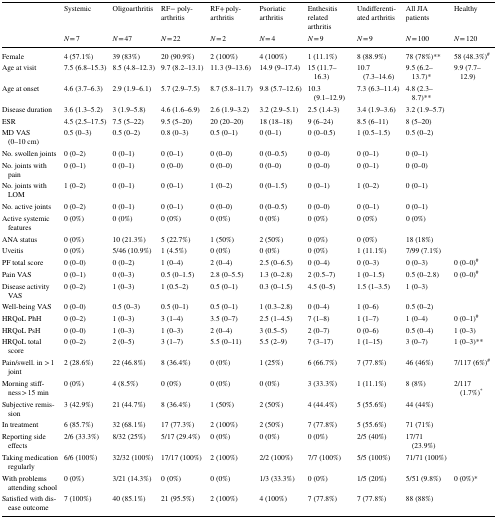
<table><thead><tr><td rowspan="2"></td><td><b>Systemic</b></td><td><b>Oligoarthritis</b></td><td><b>RF− poly-arthritis</b></td><td><b>RF+ poly-arthritis</b></td><td><b>Psoriatic arthritis</b></td><td><b>Enthesitis related arthritis</b></td><td><b>Undifferentiated arthritis</b></td><td><b>All JIA patients</b></td><td><b>Healthy</b></td></tr><tr><td><b><i>N</i> = 7</b></td><td><b><i>N</i> = 47</b></td><td><b><i>N</i> = 22</b></td><td><b><i>N</i> = 2</b></td><td><b><i>N</i> = 4</b></td><td><b><i>N</i> = 9</b></td><td><b><i>N</i> = 9</b></td><td><b><i>N</i> = 100</b></td><td><b><i>N</i> = 120</b></td></tr></thead><tbody><tr><td>Female</td><td>4 (57.1%)</td><td>39 (83%)</td><td>20 (90.9%)</td><td>2 (100%)</td><td>4 (100%)</td><td>1 (11.1%)</td><td>8 (88.9%)</td><td>78 (78%)**</td><td>58 (48.3%)<sup>#</sup></td></tr><tr><td>Age at visit</td><td>7.5 (6.8–15.3)</td><td>8.5 (4.8–12.3)</td><td>9.7 (8.2–13.1)</td><td>11.3 (9–13.6)</td><td>14.9 (9–17.4)</td><td>15 (11.7–16.3)</td><td>10.7 (7.3–14.6)</td><td>9.5 (6.2–13.7)*</td><td>9.9 (7.7–12.9)</td></tr><tr><td>Age at onset</td><td>4.6 (3.7–6.3)</td><td>2.9 (1.9–6.1)</td><td>5.7 (2.9–7.5)</td><td>8.7 (5.8–11.7)</td><td>9.8 (5.7–12.6)</td><td>10.3 (9.1–12.9)</td><td>7.3 (6.3–11.4)</td><td>4.8 (2.3–8.7)**</td><td></td></tr><tr><td>Disease duration</td><td>3.6 (1.3–5.2)</td><td>3 (1.9–5.8)</td><td>4.6 (1.6–6.9)</td><td>2.6 (1.9–3.2)</td><td>3.2 (2.9–5.1)</td><td>2.5 (1.4-3)</td><td>3.4 (1.9–3.6)</td><td>3.2 (1.9–5.7)</td><td></td></tr><tr><td>ESR</td><td>4.5 (2.5–17.5)</td><td>7.5 (5–22)</td><td>9.5 (5–20)</td><td>20 (20–20)</td><td>18 (18–18)</td><td>9 (6–24)</td><td>8.5 (6–11)</td><td>8 (5–20)</td><td></td></tr><tr><td>MD VAS (0–10 cm)</td><td>0.5 (0–3)</td><td>0.5 (0–2)</td><td>0.8 (0–3)</td><td>0.5 (0–1)</td><td>0 (0–1)</td><td>0 (0–0.5)</td><td>1 (0.5–1.5)</td><td>0.5 (0–2)</td><td></td></tr><tr><td>No. swollen joints</td><td>0 (0–2)</td><td>0 (0–1)</td><td>0 (0–1)</td><td>0 (0–0)</td><td>0 (0–0.5)</td><td>0 (0–0)</td><td>0 (0–1)</td><td>0 (0–1)</td><td></td></tr><tr><td>No. joints with pain</td><td>0 (0–1)</td><td>0 (0–1)</td><td>0 (0–0)</td><td>0 (0–0)</td><td>0 (0–0)</td><td>0 (0–0)</td><td>0 (0–1)</td><td>0 (0–0)</td><td></td></tr><tr><td>No. joints with LOM</td><td>1 (0–2)</td><td>0 (0–1)</td><td>0 (0–1)</td><td>1 (0–2)</td><td>0 (0–1.5)</td><td>0 (0–1)</td><td>1 (0–2)</td><td>0 (0–1)</td><td></td></tr><tr><td>No. active joints</td><td>0 (0–2)</td><td>0 (0–1)</td><td>0 (0–1)</td><td>0 (0–0)</td><td>0 (0–0.5)</td><td>0 (0–0)</td><td>0 (0–1)</td><td>0 (0–1)</td><td></td></tr><tr><td>Active systemic features</td><td>0 (0%)</td><td>0 (0%)</td><td>0 (0%)</td><td>0 (0%)</td><td>0 (0%)</td><td>0 (0%)</td><td>0 (0%)</td><td>0 (0%)</td><td></td></tr><tr><td>ANA status</td><td>0 (0%)</td><td>10 (21.3%)</td><td>5 (22.7%)</td><td>1 (50%)</td><td>2 (50%)</td><td>0 (0%)</td><td>0 (0%)</td><td>18 (18%)</td><td></td></tr><tr><td>Uveitis</td><td>0 (0%)</td><td>5/46 (10.9%)</td><td>1 (4.5%)</td><td>0 (0%)</td><td>0 (0%)</td><td>0 (0%)</td><td>1 (11.1%)</td><td>7/99 (7.1%)</td><td></td></tr><tr><td>PF total score</td><td>0 (0–0)</td><td>0 (0–2)</td><td>1 (0–4)</td><td>2 (0–4)</td><td>2.5 (0–6.5)</td><td>0 (0–4)</td><td>0 (0–3)</td><td>0 (0–3)</td><td>0 (0–0)<sup>#</sup></td></tr><tr><td>Pain VAS</td><td>0 (0–1)</td><td>0 (0–3)</td><td>0.5 (0–1.5)</td><td>2.8 (0–5.5)</td><td>1.3 (0–2.8)</td><td>2 (0.5–7)</td><td>1 (0–1.5)</td><td>0.5 (0–2.8)</td><td>0 (0–0)<sup>#</sup></td></tr><tr><td>Disease activity VAS</td><td>0 (0–2)</td><td>1 (0–3)</td><td>1 (0.5–2)</td><td>0.5 (0–1)</td><td>0.3 (0–1.5)</td><td>4.5 (0–5)</td><td>1.5 (1–3.5)</td><td>1 (0–3)</td><td></td></tr><tr><td>Well-being VAS</td><td>0 (0–0)</td><td>0.5 (0–3)</td><td>0.5 (0–1)</td><td>0.5 (0–1)</td><td>1 (0.3–2.8)</td><td>0 (0–4)</td><td>1 (0–6)</td><td>0.5 (0–2)</td><td></td></tr><tr><td>HRQoL PhH</td><td>0 (0–2)</td><td>1 (0–3)</td><td>3 (1–4)</td><td>3.5 (0–7)</td><td>2.5 (1–4.5)</td><td>7 (1–8)</td><td>1 (1–7)</td><td>1 (0–4)</td><td>0 (0–1)<sup>#</sup></td></tr><tr><td>HRQoL PsH</td><td>0 (0–0)</td><td>1 (0–3)</td><td>1 (0–3)</td><td>2 (0–4)</td><td>3 (0.5–5)</td><td>2 (0–7)</td><td>0 (0–6)</td><td>0.5 (0–4)</td><td>1 (0–3)</td></tr><tr><td>HRQoL total score</td><td>0 (0–2)</td><td>2 (0–5)</td><td>3 (1–7)</td><td>5.5 (0–11)</td><td>5.5 (2–9)</td><td>7 (3–17)</td><td>1 (1–15)</td><td>3 (0–7)</td><td>1 (0–3)**</td></tr><tr><td>Pain/swell. in &gt; 1 joint</td><td>2 (28.6%)</td><td>22 (46.8%)</td><td>8 (36.4%)</td><td>0 (0%)</td><td>1 (25%)</td><td>6 (66.7%)</td><td>7 (77.8%)</td><td>46 (46%)</td><td>7/117 (6%)<sup>#</sup></td></tr><tr><td>Morning stiffness &gt; 15 min</td><td>0 (0%)</td><td>4 (8.5%)</td><td>0 (0%)</td><td>0 (0%)</td><td>0 (0%)</td><td>3 (33.3%)</td><td>1 (11.1%)</td><td>8 (8%)</td><td>2/117 (1.7%)<sup>*</sup></td></tr><tr><td>Subjective remission</td><td>3 (42.9%)</td><td>21 (44.7%)</td><td>8 (36.4%)</td><td>1 (50%)</td><td>2 (50%)</td><td>4 (44.4%)</td><td>5 (55.6%)</td><td>44 (44%)</td><td></td></tr><tr><td>In treatment</td><td>6 (85.7%)</td><td>32 (68.1%)</td><td>17 (77.3%)</td><td>2 (100%)</td><td>2 (50%)</td><td>7 (77.8%)</td><td>5 (55.6%)</td><td>71 (71%)</td><td></td></tr><tr><td>Reporting side effects</td><td>2/6 (33.3%)</td><td>8/32 (25%)</td><td>5/17 (29.4%)</td><td>0 (0%)</td><td>0 (0%)</td><td>0 (0%)</td><td>2/5 (40%)</td><td>17/71 (23.9%)</td><td></td></tr><tr><td>Taking medication regularly</td><td>6/6 (100%)</td><td>32/32 (100%)</td><td>17/17 (100%)</td><td>2 (100%)</td><td>2/2 (100%)</td><td>7/7 (100%)</td><td>5/5 (100%)</td><td>71/71 (100%)</td><td></td></tr><tr><td>With problems attending school</td><td>0 (0%)</td><td>3/21 (14.3%)</td><td>0 (0%)</td><td>0 (0%)</td><td>1/3 (33.3%)</td><td>0 (0%)</td><td>1/5 (20%)</td><td>5/51 (9.8%)</td><td>0 (0%)*</td></tr><tr><td>Satisfied with disease outcome</td><td>7 (100%)</td><td>40 (85.1%)</td><td>21 (95.5%)</td><td>2 (100%)</td><td>4 (100%)</td><td>7 (77.8%)</td><td>7 (77.8%)</td><td>88 (88%)</td><td></td></tr></tbody></table>